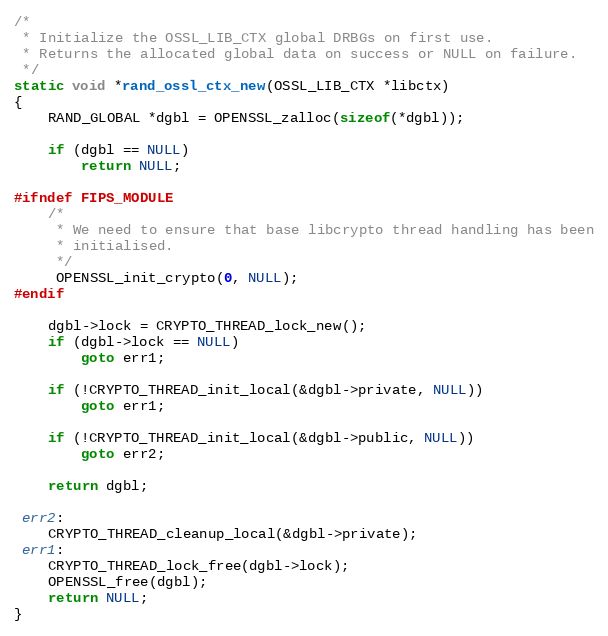
Language: C
/*
 * Initialize the OSSL_LIB_CTX global DRBGs on first use.
 * Returns the allocated global data on success or NULL on failure.
 */
static void *rand_ossl_ctx_new(OSSL_LIB_CTX *libctx)
{
    RAND_GLOBAL *dgbl = OPENSSL_zalloc(sizeof(*dgbl));

    if (dgbl == NULL)
        return NULL;

#ifndef FIPS_MODULE
    /*
     * We need to ensure that base libcrypto thread handling has been
     * initialised.
     */
     OPENSSL_init_crypto(0, NULL);
#endif

    dgbl->lock = CRYPTO_THREAD_lock_new();
    if (dgbl->lock == NULL)
        goto err1;

    if (!CRYPTO_THREAD_init_local(&dgbl->private, NULL))
        goto err1;

    if (!CRYPTO_THREAD_init_local(&dgbl->public, NULL))
        goto err2;

    return dgbl;

 err2:
    CRYPTO_THREAD_cleanup_local(&dgbl->private);
 err1:
    CRYPTO_THREAD_lock_free(dgbl->lock);
    OPENSSL_free(dgbl);
    return NULL;
}